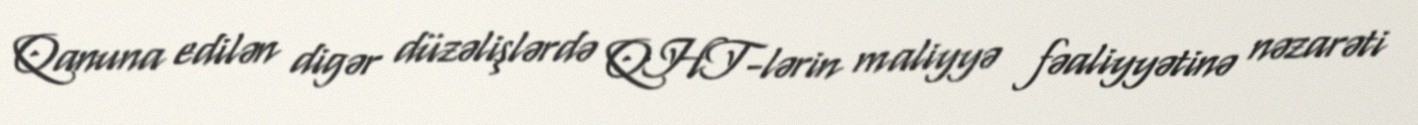
Qanuna edilən digər düzəlişlərdə QHT-lərin maliyyə fəaliyyətinə nəzarəti